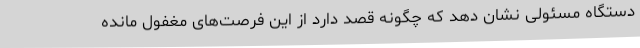
دستگاه مسئولی نشان دهد که چگونه قصد دارد از این فرصت‌های مغفول مانده